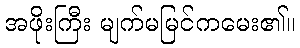
အဖိုးကြီး မျက်မမြင်ကမေး၏။